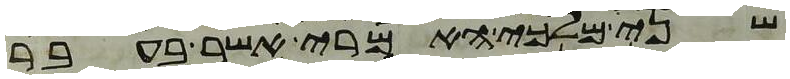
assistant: שני מלכי האמרי אשר בעבר